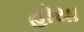
હોયા